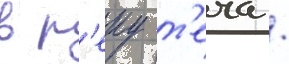
в р'еку т'еча /